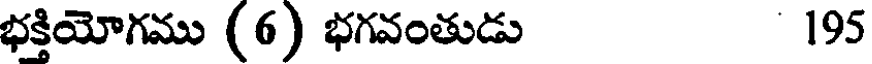
భక్తియోగము (6) భగవంతుడు 195